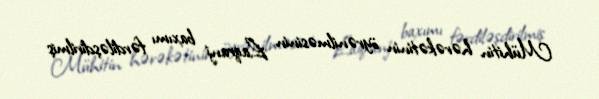
Mühitin hərəkətinin öyrənilməsinin Laqranj baxımı fərdiləşdirilmiş